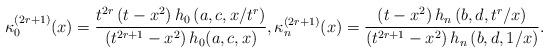
LaTeX: \begin{align*}\kappa_0^{(2r+1)}(x)=\frac{t^{2 r} \left(t-x^2\right) h_0\left(a,c,x/t^{r}\right)}{\left(t^{2 r+1}-x^2\right) h_0(a,c,x)}, \kappa_n^{(2r+1)}(x)=\frac{\left(t-x^2\right) h_n\left(b,d,t^r/x\right)}{\left(t^{2 r+1}-x^2\right) h_n\left(b,d,1/x\right)}.\end{align*}